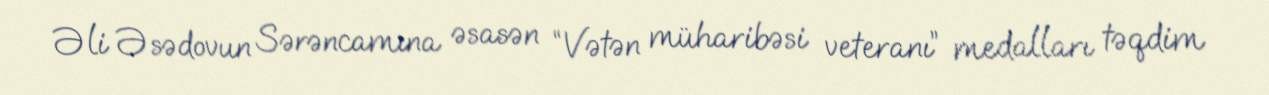
Əli Əsədovun Sərəncamına əsasən “Vətən müharibəsi veteranı” medalları təqdim